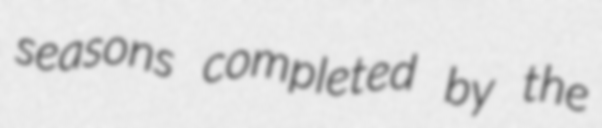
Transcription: seasons completed by the